Indian journal of veterinary science and animal husbandry - Volumes 26-27, 1956-1957
Year: 1956
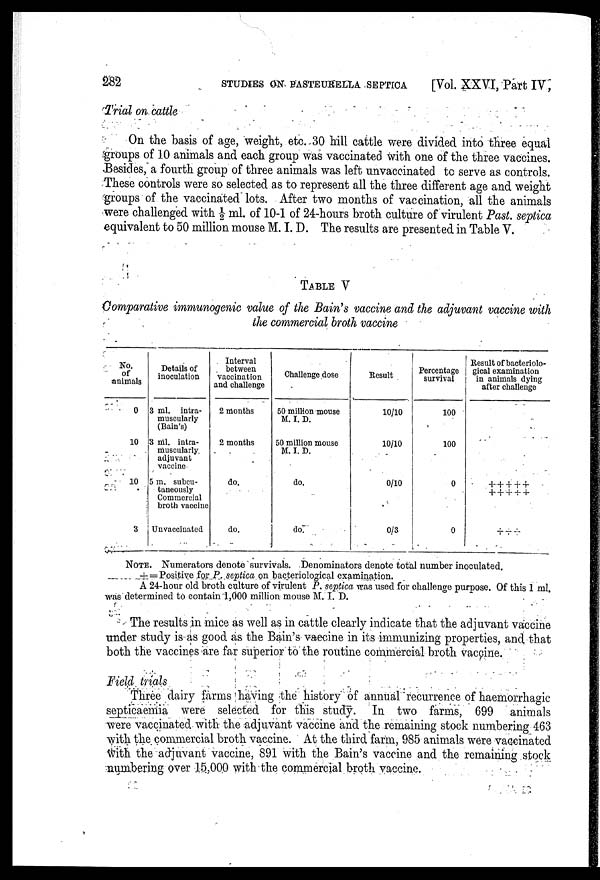
282
STUDIES ON PASTEURELLA SEPTICA
[Vol. XXVI, Part IV,
Trial on cattle
On the basis of age, weight, etc. 30 hill cattle were divided into three equal
groups of 10 animals and each group was vaccinated with one of the three vaccines.
Besides, a fourth group of three animals was left unvaccinated to serve as controls.
These controls were so selected as to represent all the three different age and weight
groups of the vaccinated lots. After two months of vaccination, all the animals
were challenged with ½ ml. of 10-1 of 24-hours broth culture of virulent Past. septica
equivalent to 50 million mouse M. I. D. The results are presented in Table V.
TABLE V
Comparative immunogenic value of the Bain's vaccine and the adjuvant vaccine with
the commercial broth vaccine
No.
of
animals
0
10
10
3
Details of
inoculation
3 ml. intra-
muscularly
(Bain's)
3 ml. intra-
muscularly.
adjuvant
vaccine
5 m. subcu-
taneously
Commercial
broth vaccine
Unvaccinated
Interval
between
vaccination
and challenge
2 months
2 months
do.
do.
Challenge dose
50 million mouse
M. I. D.
50 million mouse
M. I. D.
do.
do.
Result
10/10
10/10
0/10
0/3
Percentage
survival
100
100
0
0
Result of bacteriolo-
gical examination
in animals dying
after challenge
+++++
+++++
+++
NOTE. Numerators denote survivals. Denominators denote total number inoculated,
+ = Positive for P. septica on bacteriological examination.
A 24-hour old broth culture of virulent P. septica was used for challenge purpose. Of this 1 ml.
was determined to contain 1,000 million mouse M. I. D.
The results in mice as well as in cattle clearly indicate that the adjuvant vaccine
under study is as good as the Bain's vaccine in its immunizing properties, and that
both the vaccines are far superior to the routine commercial broth vaccine.
Field trials
Three dairy farms having the history of annual recurrence of haemorrhagic
septicaemia were selected for this study. In two farms, 699 animals
were vaccinated with the adjuvant vaccine and the remaining stock numbering 463
with the commercial broth vaccine. At the third farm, 985 animals were vaccinated
with the adjuvant vaccine, 891 with the Bain's vaccine and the remaining stock
numbering over 15,000 with the commercial broth vaccine.